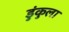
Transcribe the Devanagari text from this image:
डुंकुला